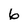
Character: 6